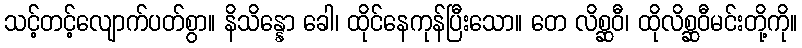
သင့်တင့်လျောက်ပတ်စွာ။ နိသိန္နော ခေါ၊ ထိုင်နေကုန်ပြီးသော။ တေ လိစ္ဆဝီ၊ ထိုလိစ္ဆဝီမင်းတို့ကို။